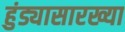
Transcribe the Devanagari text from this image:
हुंड्यासारख्या